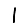
Digit: 1